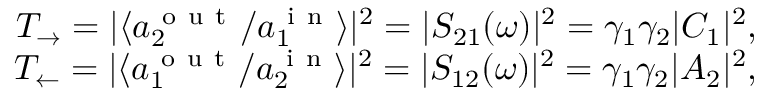
\begin{array} { r } { T _ { \rightarrow } = | \langle a _ { 2 } ^ { \mathrm { ~ o ~ u ~ t ~ } } / a _ { 1 } ^ { \mathrm { ~ i ~ n ~ } } \rangle | ^ { 2 } = | S _ { 2 1 } ( \omega ) | ^ { 2 } = \gamma _ { 1 } \gamma _ { 2 } | C _ { 1 } | ^ { 2 } , } \\ { T _ { \leftarrow } = | \langle a _ { 1 } ^ { \mathrm { ~ o ~ u ~ t ~ } } / a _ { 2 } ^ { \mathrm { ~ i ~ n ~ } } \rangle | ^ { 2 } = | S _ { 1 2 } ( \omega ) | ^ { 2 } = \gamma _ { 1 } \gamma _ { 2 } | A _ { 2 } | ^ { 2 } , } \end{array}